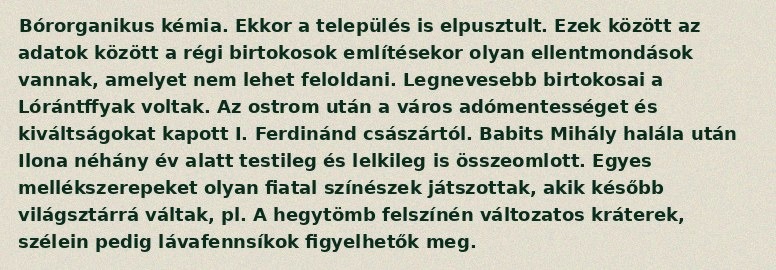
Bórorganikus kémia. Ekkor a település is elpusztult. Ezek között az adatok között a régi birtokosok említésekor olyan ellentmondások vannak, amelyet nem lehet feloldani. Legnevesebb birtokosai a Lórántffyak voltak. Az ostrom után a város adómentességet és kiváltságokat kapott I. Ferdinánd császártól. Babits Mihály halála után Ilona néhány év alatt testileg és lelkileg is összeomlott. Egyes mellékszerepeket olyan fiatal színészek játszottak, akik később világsztárrá váltak, pl. A hegytömb felszínén változatos kráterek, szélein pedig lávafennsíkok figyelhetők meg.